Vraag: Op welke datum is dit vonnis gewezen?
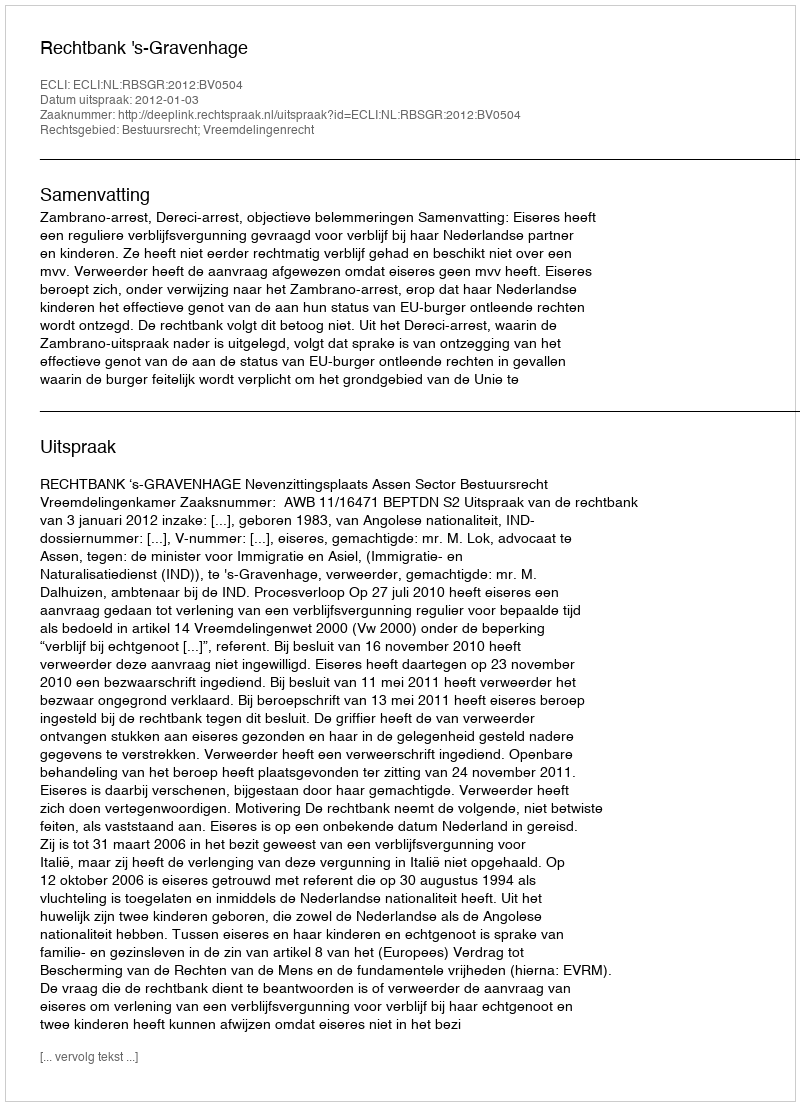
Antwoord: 2012-01-03